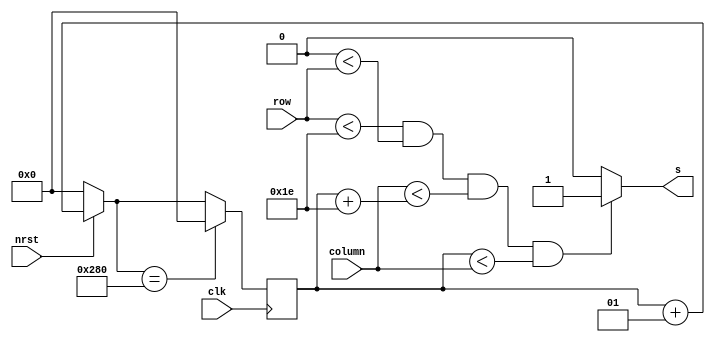
module carro1 (clk, nrst, row, column, s);
	
	input clk, nrst;
	input [9:0] row, column;
	output reg s;
	integer column_count = 0;
	integer row_count = 0;
	
	always @*
	begin
		if(row < row_count + 30 & row_count < row & column < column_count + 30 & column_count < column)
			s = 1;
		else
			s = 0;
	end
	
	// Control for column counter
	always @(posedge clk)
	begin
		if(nrst == 0)
			column_count = 0;
		else
			column_count = column_count + 1;
				
		if(column_count == 640)
			column_count = 0;
	end
	
endmodule